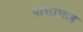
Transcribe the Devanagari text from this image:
पासाणाह